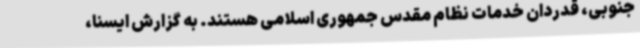
جنوبی، قدردان خدمات نظام مقدس جمهوری اسلامی هستند. به گزارش ایسنا،